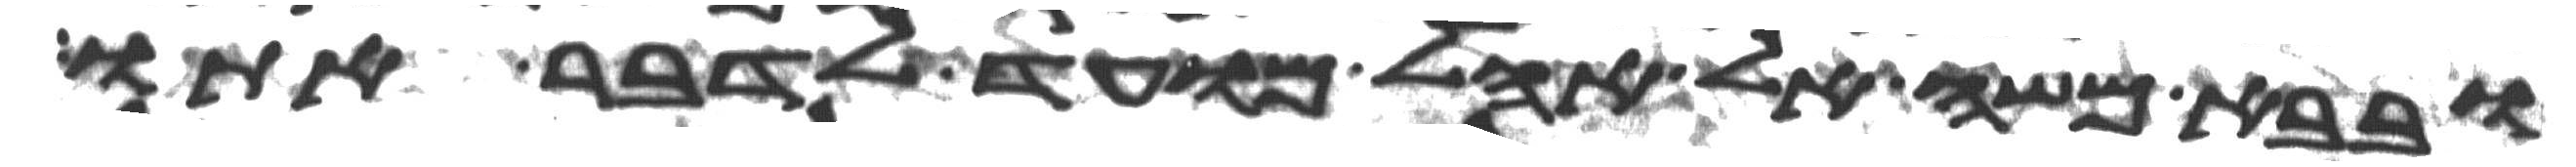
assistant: ובבא משה אל אהל מועד לדבר אתו